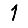
Digit: 1